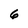
Character: 6